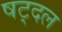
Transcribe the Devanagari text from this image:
षट्दल